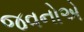
જવનોએ